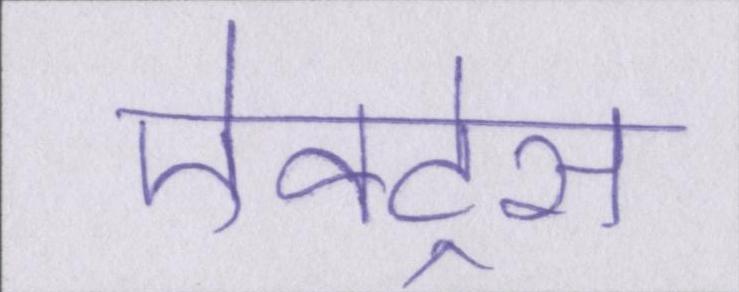
ऐक्ट्रेस